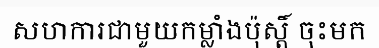
សហការជាមួយកម្លាំងប៉ុស្តិ៍ ចុះមក